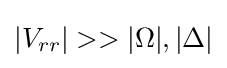
|V_{rr}|>>|\Omega |,|\Delta |